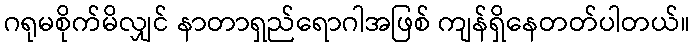
ဂရုမစိုက်မိလျှင် နာတာရှည်ရောဂါအဖြစ် ကျန်ရှိနေတတ်ပါတယ်။